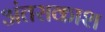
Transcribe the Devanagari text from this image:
अंतराकाश